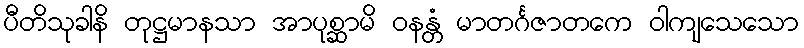
ပီတိသုခါနိ တုဋ္ဌမာနသာ အာပုစ္ဆာမိ ဝနန္တံ မာတင်္ဂဇာတကေ ဝါကျသေသော